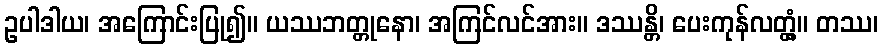
ဥပါဒါယ၊ အကြောင်းပြု၍။ ယဿဘတ္တုနော၊ အကြင်လင်အား။ ဒဿန္တိ၊ ပေးကုန်လတ္တံ့။ တဿ၊